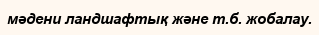
мәдени ландшафтық және т.б. жобалау.